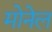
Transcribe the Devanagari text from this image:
मोनेल